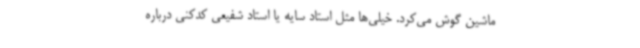
ماشین گوش می‌کرد. خیلی‌ها مثل استاد سایه یا استاد شفیعی کدکنی درباره